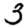
Digit: 3